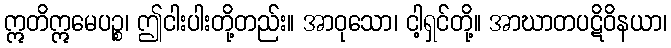
ဣတိဣမေပဉ္စ၊ ဤငါးပါးတို့တည်း။ အာဝုသော၊ ငါ့ရှင်တို့။ အာဃာတပဋိဝိနယာ၊